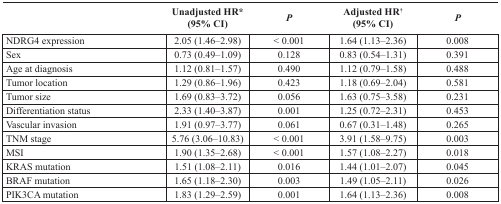
<table><thead><tr><td></td><td><b>Unadjusted HR* (95% CI)</b></td><td><b><i>P</i></b></td><td><b>Adjusted HR<sup>†</sup>(95% CI)</b></td><td><b><i>P</i></b></td></tr></thead><tbody><tr><td>NDRG4 expression</td><td>2.05 (1.46–2.98)</td><td>&lt; 0.001</td><td>1.64 (1.13–2.36)</td><td>0.008</td></tr><tr><td>Sex</td><td>0.73 (0.49–1.09)</td><td>0.128</td><td>0.83 (0.54–1.31)</td><td>0.391</td></tr><tr><td>Age at diagnosis</td><td>1.12 (0.81–1.57)</td><td>0.490</td><td>1.12 (0.79–1.58)</td><td>0.488</td></tr><tr><td>Tumor location</td><td>1.29 (0.86–1.96)</td><td>0.423</td><td>1.18 (0.69–2.04)</td><td>0.581</td></tr><tr><td>Tumor size</td><td>1.69 (0.83–3.72)</td><td>0.056</td><td>1.63 (0.75–3.58)</td><td>0.231</td></tr><tr><td>Differentiation status</td><td>2.33 (1.40–3.87)</td><td>0.001</td><td>1.25 (0.72–2.31)</td><td>0.453</td></tr><tr><td>Vascular invasion</td><td>1.91 (0.97–3.77)</td><td>0.061</td><td>0.67 (0.31–1.48)</td><td>0.265</td></tr><tr><td>TNM stage</td><td>5.76 (3.06–10.83)</td><td>&lt; 0.001</td><td>3.91 (1.58–9.75)</td><td>0.003</td></tr><tr><td>MSI</td><td>1.90 (1.35–2.68)</td><td>&lt; 0.001</td><td>1.57 (1.08–2.27)</td><td>0.018</td></tr><tr><td>KRAS mutation</td><td>1.51 (1.08–2.11)</td><td>0.016</td><td>1.44 (1.01–2.07)</td><td>0.045</td></tr><tr><td>BRAF mutation</td><td>1.65 (1.18–2.30)</td><td>0.003</td><td>1.49 (1.05–2.11)</td><td>0.026</td></tr><tr><td>PIK3CA mutation</td><td>1.83 (1.29–2.59)</td><td>0.001</td><td>1.64 (1.13–2.36)</td><td>0.008</td></tr></tbody></table>